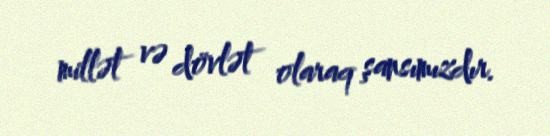
millət və dövlət olaraq şansımızdır.